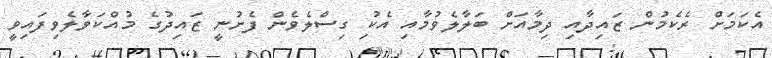
އެކަމަށް ރެކެމުން ޒައިދާއި ދިމާއަށް ބަލާލެވުމާއި އެކުި ގިސްލެވެން ފެށުނީ ޒައިދުގެ މުއްކަވާލެވިފައިވީ